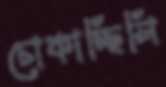
চোকাচ্ছিলি